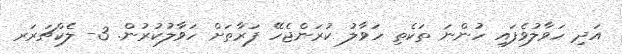
އަދި ހަވާލުވެފައި ހުންނަ ތަކެތި ހަވާލު ކުރަންޖެހޭ ފަރާތަށް ހަވާލުކުރުން. 3- ލެކްޗަރަރ